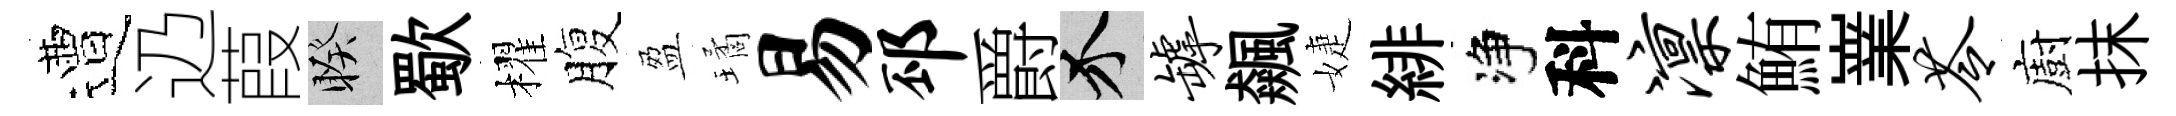
遭辸葭睽歜櫂腹盈璚易邳爵介罅飆婕緋净科凛鮪嶪苓廚抹